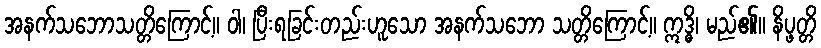
အနက်သဘောသတ္တိကြောင့်။ ဝါ၊ ပြီးရခြင်းတည်းဟူသော အနက်သဘော သတ္တိကြောင့်။ ဣဒ္ဓိ၊ မည်၏။ နိပ္ဖတ္တိ